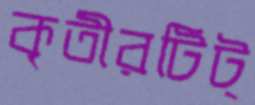
কৃতীরটিট্